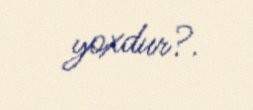
yoxdur?.